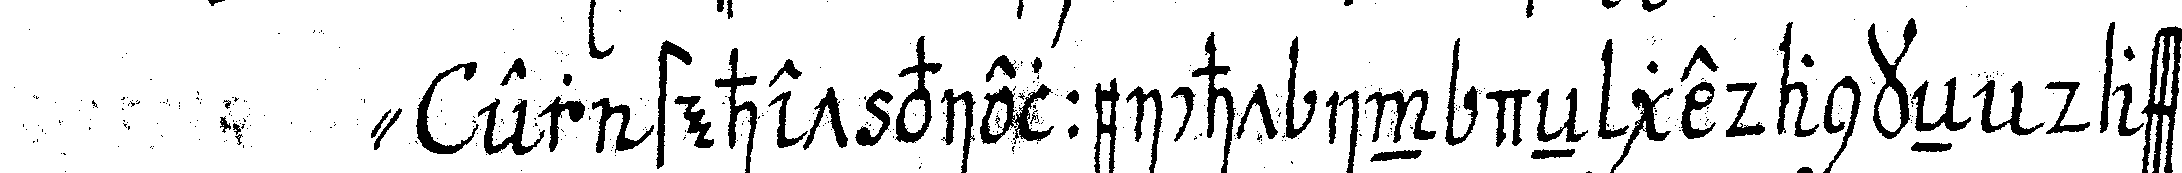
" er stehet vielleicht in deN gedankeN dass we